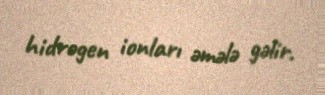
hidrogen ionları əmələ gəlir.